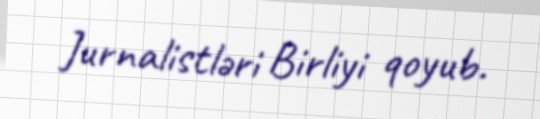
Jurnalistləri Birliyi qoyub.